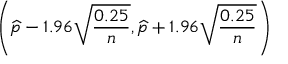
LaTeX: \left( { \widehat { p } } - 1 . 9 6 { \sqrt { \frac { 0 . 2 5 } { n } } } , { \widehat { p } } + 1 . 9 6 { \sqrt { \frac { 0 . 2 5 } { n } } } \right)